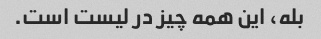
بله، این همه چیز در لیست است.